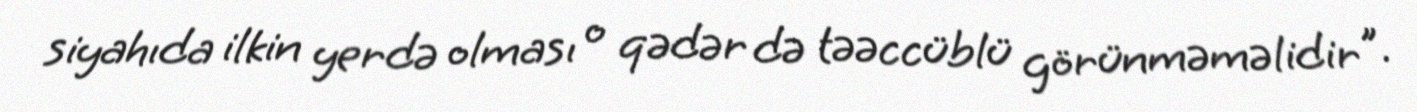
siyahıda ilkin yerdə olması o qədər də təəccüblü görünməməlidir ”.